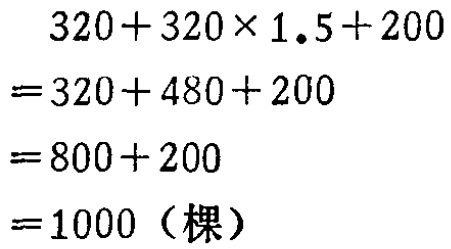
\[
\begin{align*}
&320 + 320\times1.5 + 200\\
=&320 + 480+ 200\\
=&800 + 200\\
=&1000 (\text{棵})
\end{align*}
\]